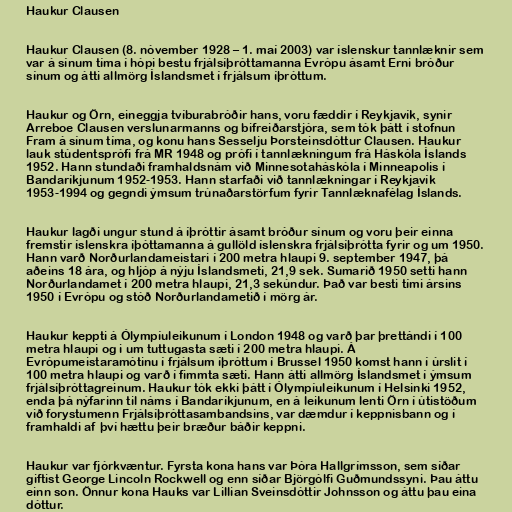
Haukur Clausen

Haukur Clausen (8. nóvember 1928 – 1. maí 2003) var íslenskur tannlæknir sem
var á sínum tíma í hópi bestu frjálsíþróttamanna Evrópu ásamt Erni bróður
sínum og átti allmörg Íslandsmet í frjálsum íþróttum.

Haukur og Örn, eineggja tvíburabróðir hans, voru fæddir í Reykjavík, synir
Arreboe Clausen verslunarmanns og bifreiðarstjóra, sem tók þátt í stofnun
Fram á sínum tíma, og konu hans Sesselju Þorsteinsdóttur Clausen. Haukur
lauk stúdentsprófi frá MR 1948 og prófi í tannlækningum frá Háskóla Íslands
1952. Hann stundaði framhaldsnám við Minnesotaháskóla í Minneapolis í
Bandaríkjunum 1952-1953. Hann starfaði við tannlækningar í Reykjavík
1953-1994 og gegndi ýmsum trúnaðarstörfum fyrir Tannlæknafélag Íslands.

Haukur lagði ungur stund á íþróttir ásamt bróður sínum og voru þeir einna
fremstir íslenskra íþóttamanna á gullöld íslenskra frjálsíþrótta fyrir og um 1950.
Hann varð Norðurlandameistari í 200 metra hlaupi 9. september 1947, þá
aðeins 18 ára, og hljóp á nýju Íslandsmeti, 21,9 sek. Sumarið 1950 setti hann
Norðurlandamet í 200 metra hlaupi, 21,3 sekúndur. Það var besti tími ársins
1950 í Evrópu og stóð Norðurlandametið í mörg ár.

Haukur keppti á Ólympíuleikunum í London 1948 og varð þar þrettándi í 100
metra hlaupi og i um tuttugasta sæti í 200 metra hlaupi. Á
Evrópumeistaramótinu í frjálsum íþróttum í Brussel 1950 komst hann í úrslit í
100 metra hlaupi og varð í fimmta sæti. Hann átti allmörg Íslandsmet í ýmsum
frjálsíþróttagreinum. Haukur tók ekki þátt í Ólympíuleikunum í Helsinki 1952,
enda þá nýfarinn til náms í Bandaríkjunum, en á leikunum lenti Örn í útistöðum
við forystumenn Frjálsíþróttasambandsins, var dæmdur í keppnisbann og í
framhaldi af því hættu þeir bræður báðir keppni.

Haukur var fjórkvæntur. Fyrsta kona hans var Þóra Hallgrímsson, sem síðar
giftist George Lincoln Rockwell og enn síðar Björgólfi Guðmundssyni. Þau áttu
einn son. Önnur kona Hauks var Lillian Sveinsdóttir Johnsson og áttu þau eina
dóttur.